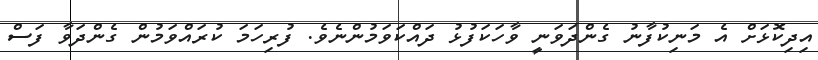
އިދިކޮޅަށް އެ މަނިކުފާނު ގެންދަވަނީ ވާހަކަފުޅު ދައްކަވަމުންނެވެ. ފުރިހަމަ ކުރައްވަމުން ގެންދަވާ ފަސް